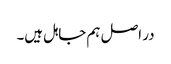
در اصل ہم جاہل ہیں۔